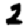
Digit: 2